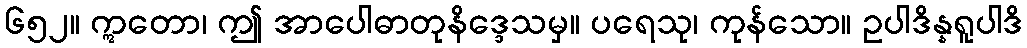
၆၅၂။ ဣတော၊ ဤ အာပေါဓာတုနိဒ္ဒေသမှ။ ပရေသု၊ ကုန်သော။ ဥပါဒိန္နရူပါဒိ